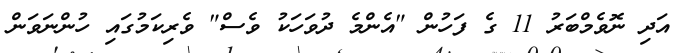
އަދި ނޮވެމްބަރު 11 ގެ ފަހުން "އެންމެ ދުވަހަކު ވެސް" ވެރިކަމުގައި ހުންނަވަން